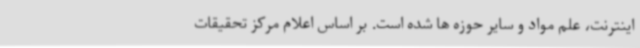
اینترنت، علم مواد و سایر حوزه ها شده است. بر اساس اعلام مرکز تحقیقات